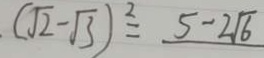
( \sqrt { 2 } - \sqrt { 3 } ) ^ { 2 } = 5 - 2 \sqrt { 6 }